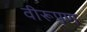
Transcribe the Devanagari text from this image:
वीरूपण